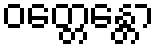
ဝတ္တေန္တော